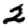
Digit: 2